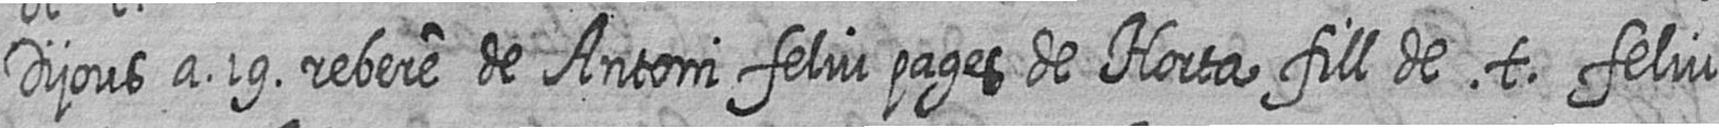
Dijous a 19 rebere de Antoni feliu pages de Horta fill de t feliu